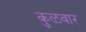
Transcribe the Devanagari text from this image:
कुळवार